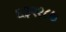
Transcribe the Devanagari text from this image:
६३२१८७